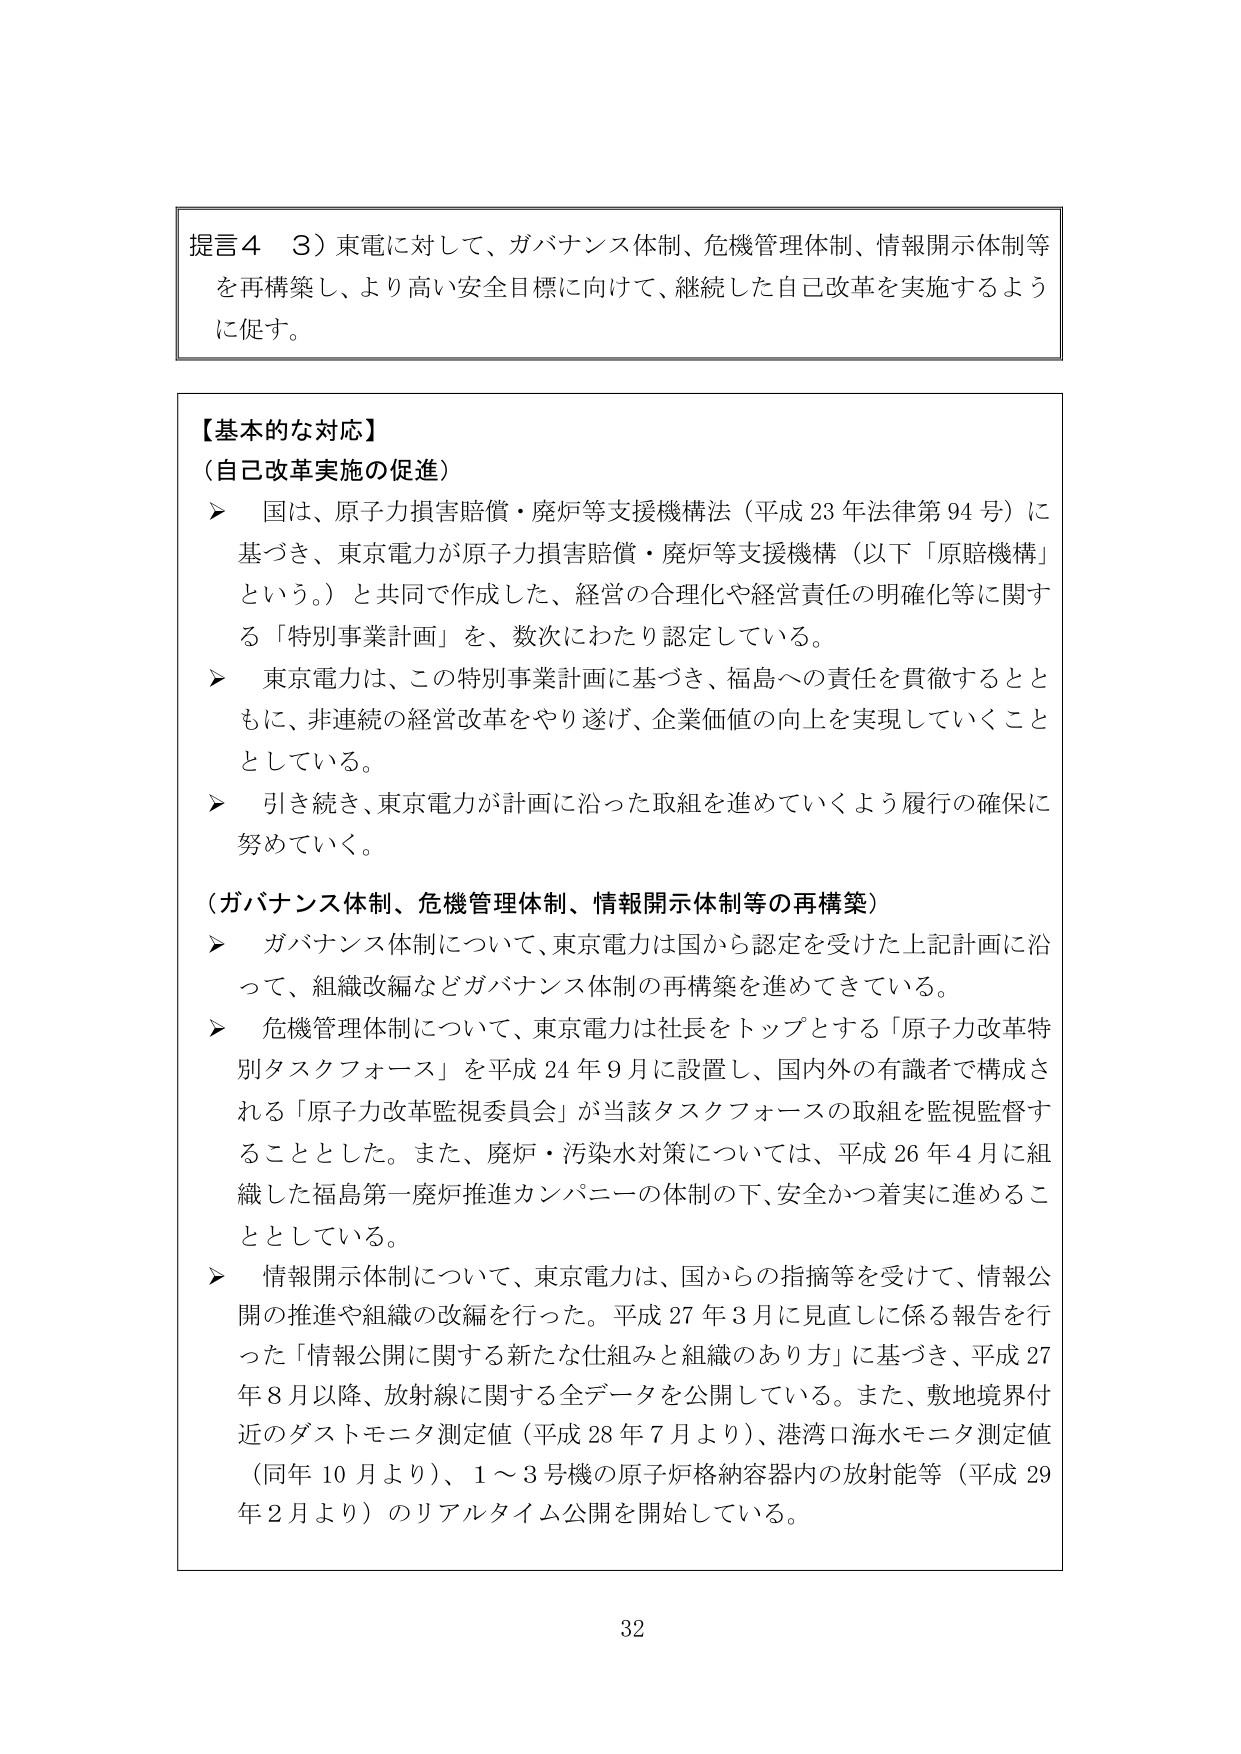
提言４　３）東電に対して、ガバナンス体制、危機管理体制、情報開示体制等を再構築し、より高い安全目標に向けて、継続した自己改革を実施するように促す。

【基本的な対応】
（自己改革実施の促進）
➤　国は、原子力損害賠償・廃炉等支援機構法（平成23年法律第94号）に基づき、東京電力が原子力損害賠償・廃炉等支援機構（以下「原賠機構」という。）と共同で作成した、経営の合理化や経営責任の明確化等に関する「特別事業計画」を、数次にわたり認定している。
➤　東京電力は、この特別事業計画に基づき、福島への責任を貫徹するとともに、非連続の経営改革をやり遂げ、企業価値の向上を実現していくこととしている。
➤　引き続き、東京電力が計画に沿った取組を進めていくよう履行の確保に努めていく。

（ガバナンス体制、危機管理体制、情報開示体制等の再構築）
➤　ガバナンス体制について、東京電力は国から認定を受けた上記計画に沿って、組織改編などガバナンス体制の再構築を進めてきている。
➤　危機管理体制について、東京電力は社長をトップとする「原子力改革特別タスクフォース」を平成24年9月に設置し、国内外の有識者で構成される「原子力改革監視委員会」が当該タスクフォースの取組を監視監督することとした。また、廃炉・汚染水対策については、平成26年4月に組織した福島第一廃炉推進カンパニーの体制の下、安全かつ着実に進めるとしている。
➤　情報開示体制について、東京電力は、国からの指摘等を受けて、情報公開の推進や組織の改編を行った。平成27年3月に見直しに係る報告を行った「情報公開に関する新たな仕組みと組織のあり方」に基づき、平成27年8月以降、放射線に関する全データを公開している。また、敷地境界付近のダストモニタ測定値（平成28年7月より）、港湾口海水モニタ測定値（同年10月より）、1～3号機の原子炉格納容器内の放射能等（平成29年2月より）のリアルタイム公開を開始している。

32